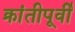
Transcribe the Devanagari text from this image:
क्रांतीपूर्वी